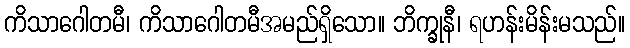
ကိသာဂေါတမီ၊ ကိသာဂေါတမီအမည်ရှိသော။ ဘိက္ခုနီ၊ ရဟန်းမိန်းမသည်။